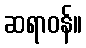
ဆရာဝန်။